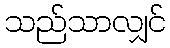
သည်သာလျှင်